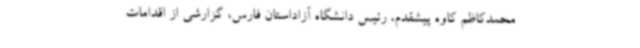
محمدکاظم کاوه پیشقدم، رئیس دانشگاه آزاداستان فارس، گزارشی از اقدامات